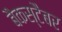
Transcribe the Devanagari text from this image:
बैकस्टैबर